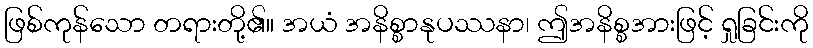
ဖြစ်ကုန်သော တရားတို့၏။ အယံ အနိစ္စာနုပဿနာ၊ ဤအနိစ္စအားဖြင့် ရှုခြင်းကို